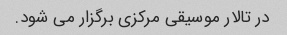
در تالار موسیقی مرکزی برگزار می شود.